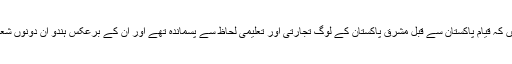
اس بات میں کوئی شک نہیں کہ قیام پاکستان سے قبل مشرق پاکستان کے لوگ تجارتی اور تعلیمی لحاظ سے پسماندہ تھے اور ان کے برعکس ہندو ان دونوں شعبوں پر چھائے ہوئے تھے۔